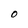
Character: O